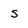
Character: s